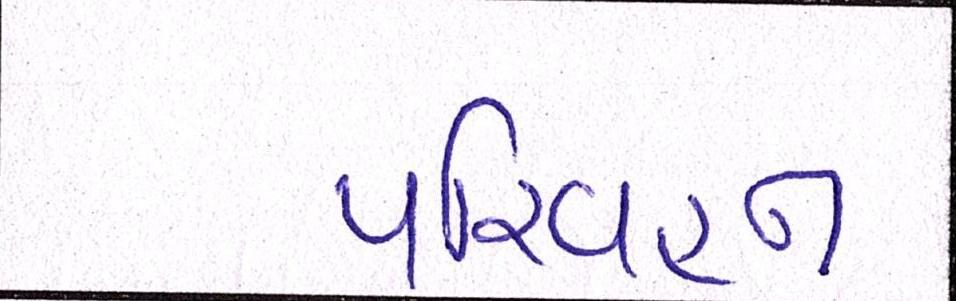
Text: પરિવહન